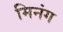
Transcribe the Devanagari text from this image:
मिनंग